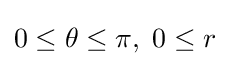
0\leq \theta \leq \pi ,\;0\leq r